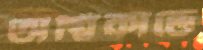
অগ্নিকান্ডে